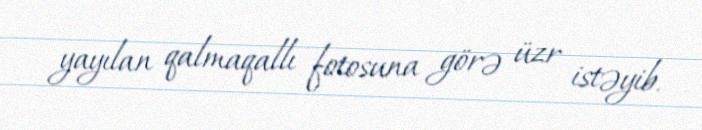
yayılan qalmaqallı fotosuna görə üzr istəyib.